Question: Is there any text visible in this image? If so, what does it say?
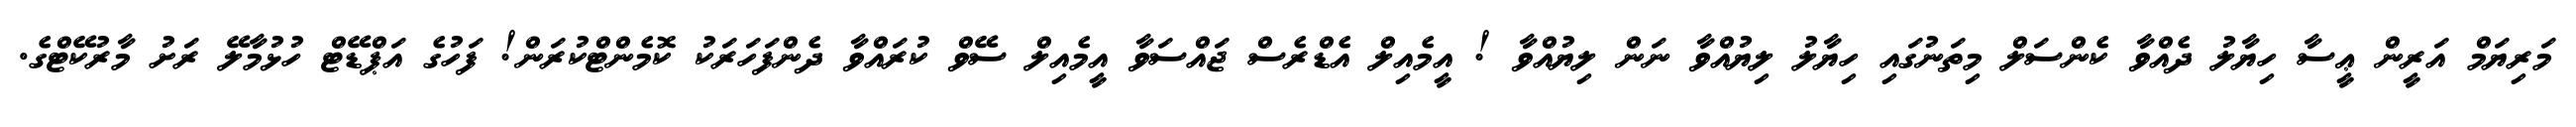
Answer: މަރިޔަމް އަރީން ޢީސާ ހިޔާލު ދެއްވާ ކެންސަލް މިތަނުގައި ހިޔާލު ލިޔުއްވާ ނަން ލިޔުއްވާ ! އީމެއިލް އެޑްރެސް ޖައްސަވާ އީމެއިލް ސޭވް ކުރައްވާ ދެންފަހަރަކު ކޮމެންޓްކުރަން! ފަހުގެ އަޕްޑޭޓް ހުޅުމާލޭ ރަށު މާރުކޭޓްގެ.